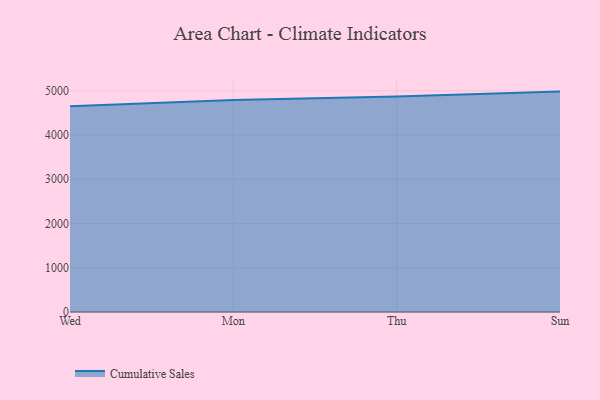
{"axis": {"x": "Day", "y": "Net Income (USD K)"}, "legend": ["Cumulative Sales"], "data": [{"x": "Wed", "y": 4652.0, "type": "Cumulative Sales"}, {"x": "Mon", "y": 4792.0, "type": "Cumulative Sales"}, {"x": "Thu", "y": 4873.1, "type": "Cumulative Sales"}, {"x": "Sun", "y": 4981.2, "type": "Cumulative Sales"}]}